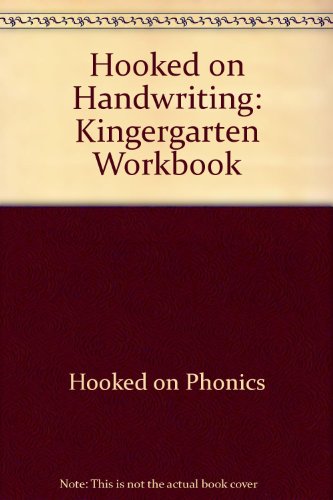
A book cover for Hooked on Handwriting:Kingergarten Workbook Multimedia Edition (CD-ROM); Hooked on Phonics; Children's Books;